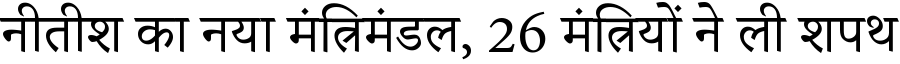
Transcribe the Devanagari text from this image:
नीतीश का नया मंत्रिमंडल, 26 मंत्रियों ने ली शपथ